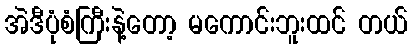
အဲဒီပုံစံကြီးနဲ့တော့ မကောင်းဘူးထင် တယ်